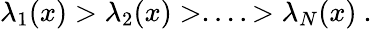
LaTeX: \lambda_{1}(x)>\lambda_{2}(x)>....>\lambda_{N}(x)~.